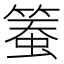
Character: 𥱄